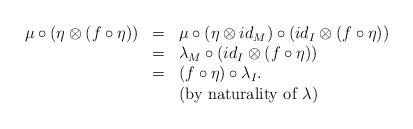
LaTeX: \begin{align*}\begin{array}{lll}\mu\circ (\eta\otimes(f\circ \eta))&=&\mu\circ ( \eta\otimes id_M)\circ (id_I\otimes (f\circ\eta))\\&=&\lambda_M\circ (id_I\otimes (f\circ\eta))\\&=&(f\circ \eta)\circ \lambda_I.\\&&\mbox{(by naturality of $\lambda$)}\end{array}\end{align*}